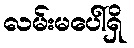
လမ်းမပေါ်ရှိ